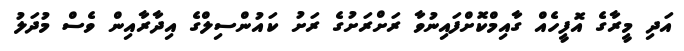
އަދި މީރާގެ އޮފީހެއް ގާއިމްކޮށްފައިނުވާ ރަށްރަށުގެ ރަށު ކައުންސިލްގެ އިދާރާއިން ވެސް މުދަލު